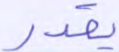
يقدر